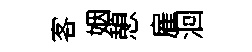
客姻憩雇洄